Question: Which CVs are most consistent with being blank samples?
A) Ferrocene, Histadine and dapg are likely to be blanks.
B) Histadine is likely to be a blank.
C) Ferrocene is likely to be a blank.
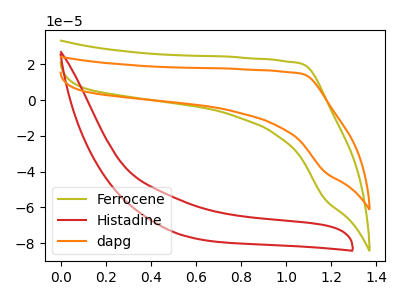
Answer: <think>The olive curve "Ferrocene" has no peaks. The red curve "Histadine" has no peaks. The orange curve "dapg" has no peaks.</think>
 <answer>A) "Ferrocene", "Histadine" and "dapg" are likely to be blanks.</answer>
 <eval>A</eval>